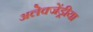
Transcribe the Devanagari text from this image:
अलेक्जेंड्रीया